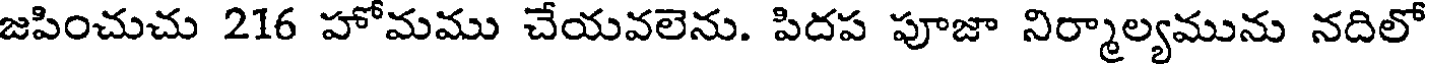
జపించుచు 216 హోమము చేయవలెను. పిదప పూజా నిర్మాల్యమును నదిలో